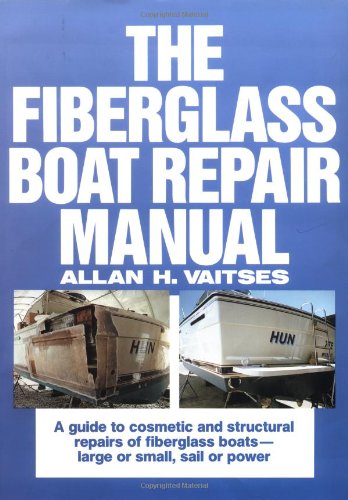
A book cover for The Fiberglass Boat Repair Manual; Allan H. Viatses; Engineering & Transportation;